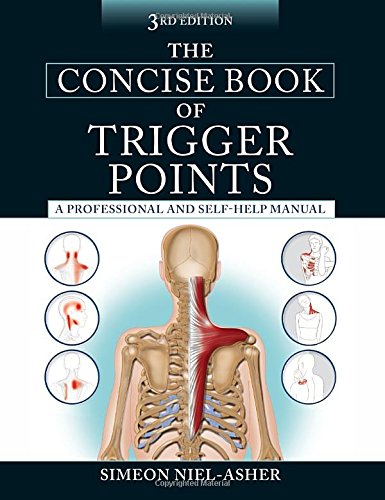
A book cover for The Concise Book of Trigger Points, Third Edition; Simeon Niel-Asher; Health, Fitness & Dieting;